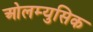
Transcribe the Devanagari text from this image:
ओलम्युसिक